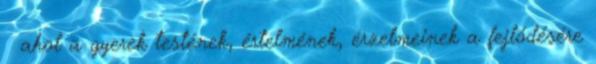
◊ ahol a gyerek testének, értelmének, érzelmeinek a fejlődésére